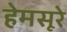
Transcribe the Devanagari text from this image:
हेमसूरे